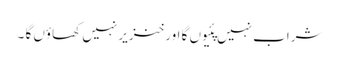
شراب نہیں پئیوں گا اور خنزیر نہیں کھاؤں گا ۔